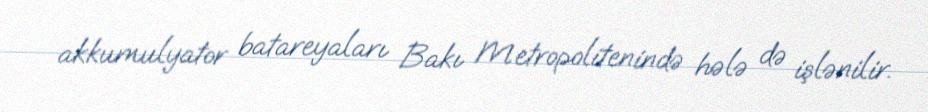
akkumulyator batareyaları Bakı Metropolitenində hələ də işlənilir.